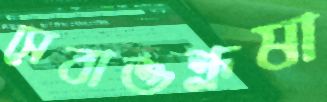
সেবাশুশ্রূষা